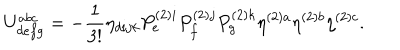
LaTeX: U _ { d e f g } ^ { a b c } = - \frac { 1 } { 3 ! } \eta _ { d i j k } P _ { e } ^ { ( 2 ) i } P _ { f } ^ { ( 2 ) j } P _ { g } ^ { ( 2 ) k } \eta ^ { ( 2 ) a } \eta ^ { ( 2 ) b } \eta ^ { ( 2 ) c } .